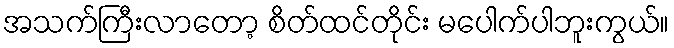
အသက်ကြီးလာတော့ စိတ်ထင်တိုင်း မပေါက်ပါဘူးကွယ်။